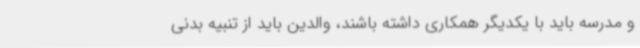
و مدرسه باید با یکدیگر همکاری داشته باشند، والدین باید از تنبیه بدنی